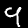
Digit: 9